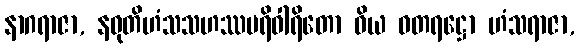
နာဂရာဇာ, နဝုတိဟံသသဟဿပရိဝါရိတော ဝိယ ဓတရဋ္ဌော ဟံသရာဇာ,